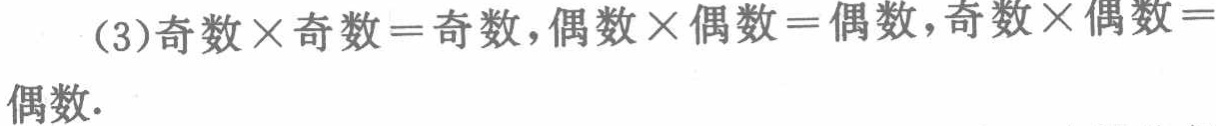
（3）奇数$\times$奇数$=$奇数，偶数$\times$偶数$=$偶数，奇数$\times$偶数$=$偶数.